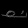
Digit: ၈